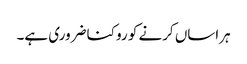
ہراساں کرنے کو روکنا ضروری ہے۔